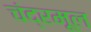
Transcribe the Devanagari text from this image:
चंद्रमूल